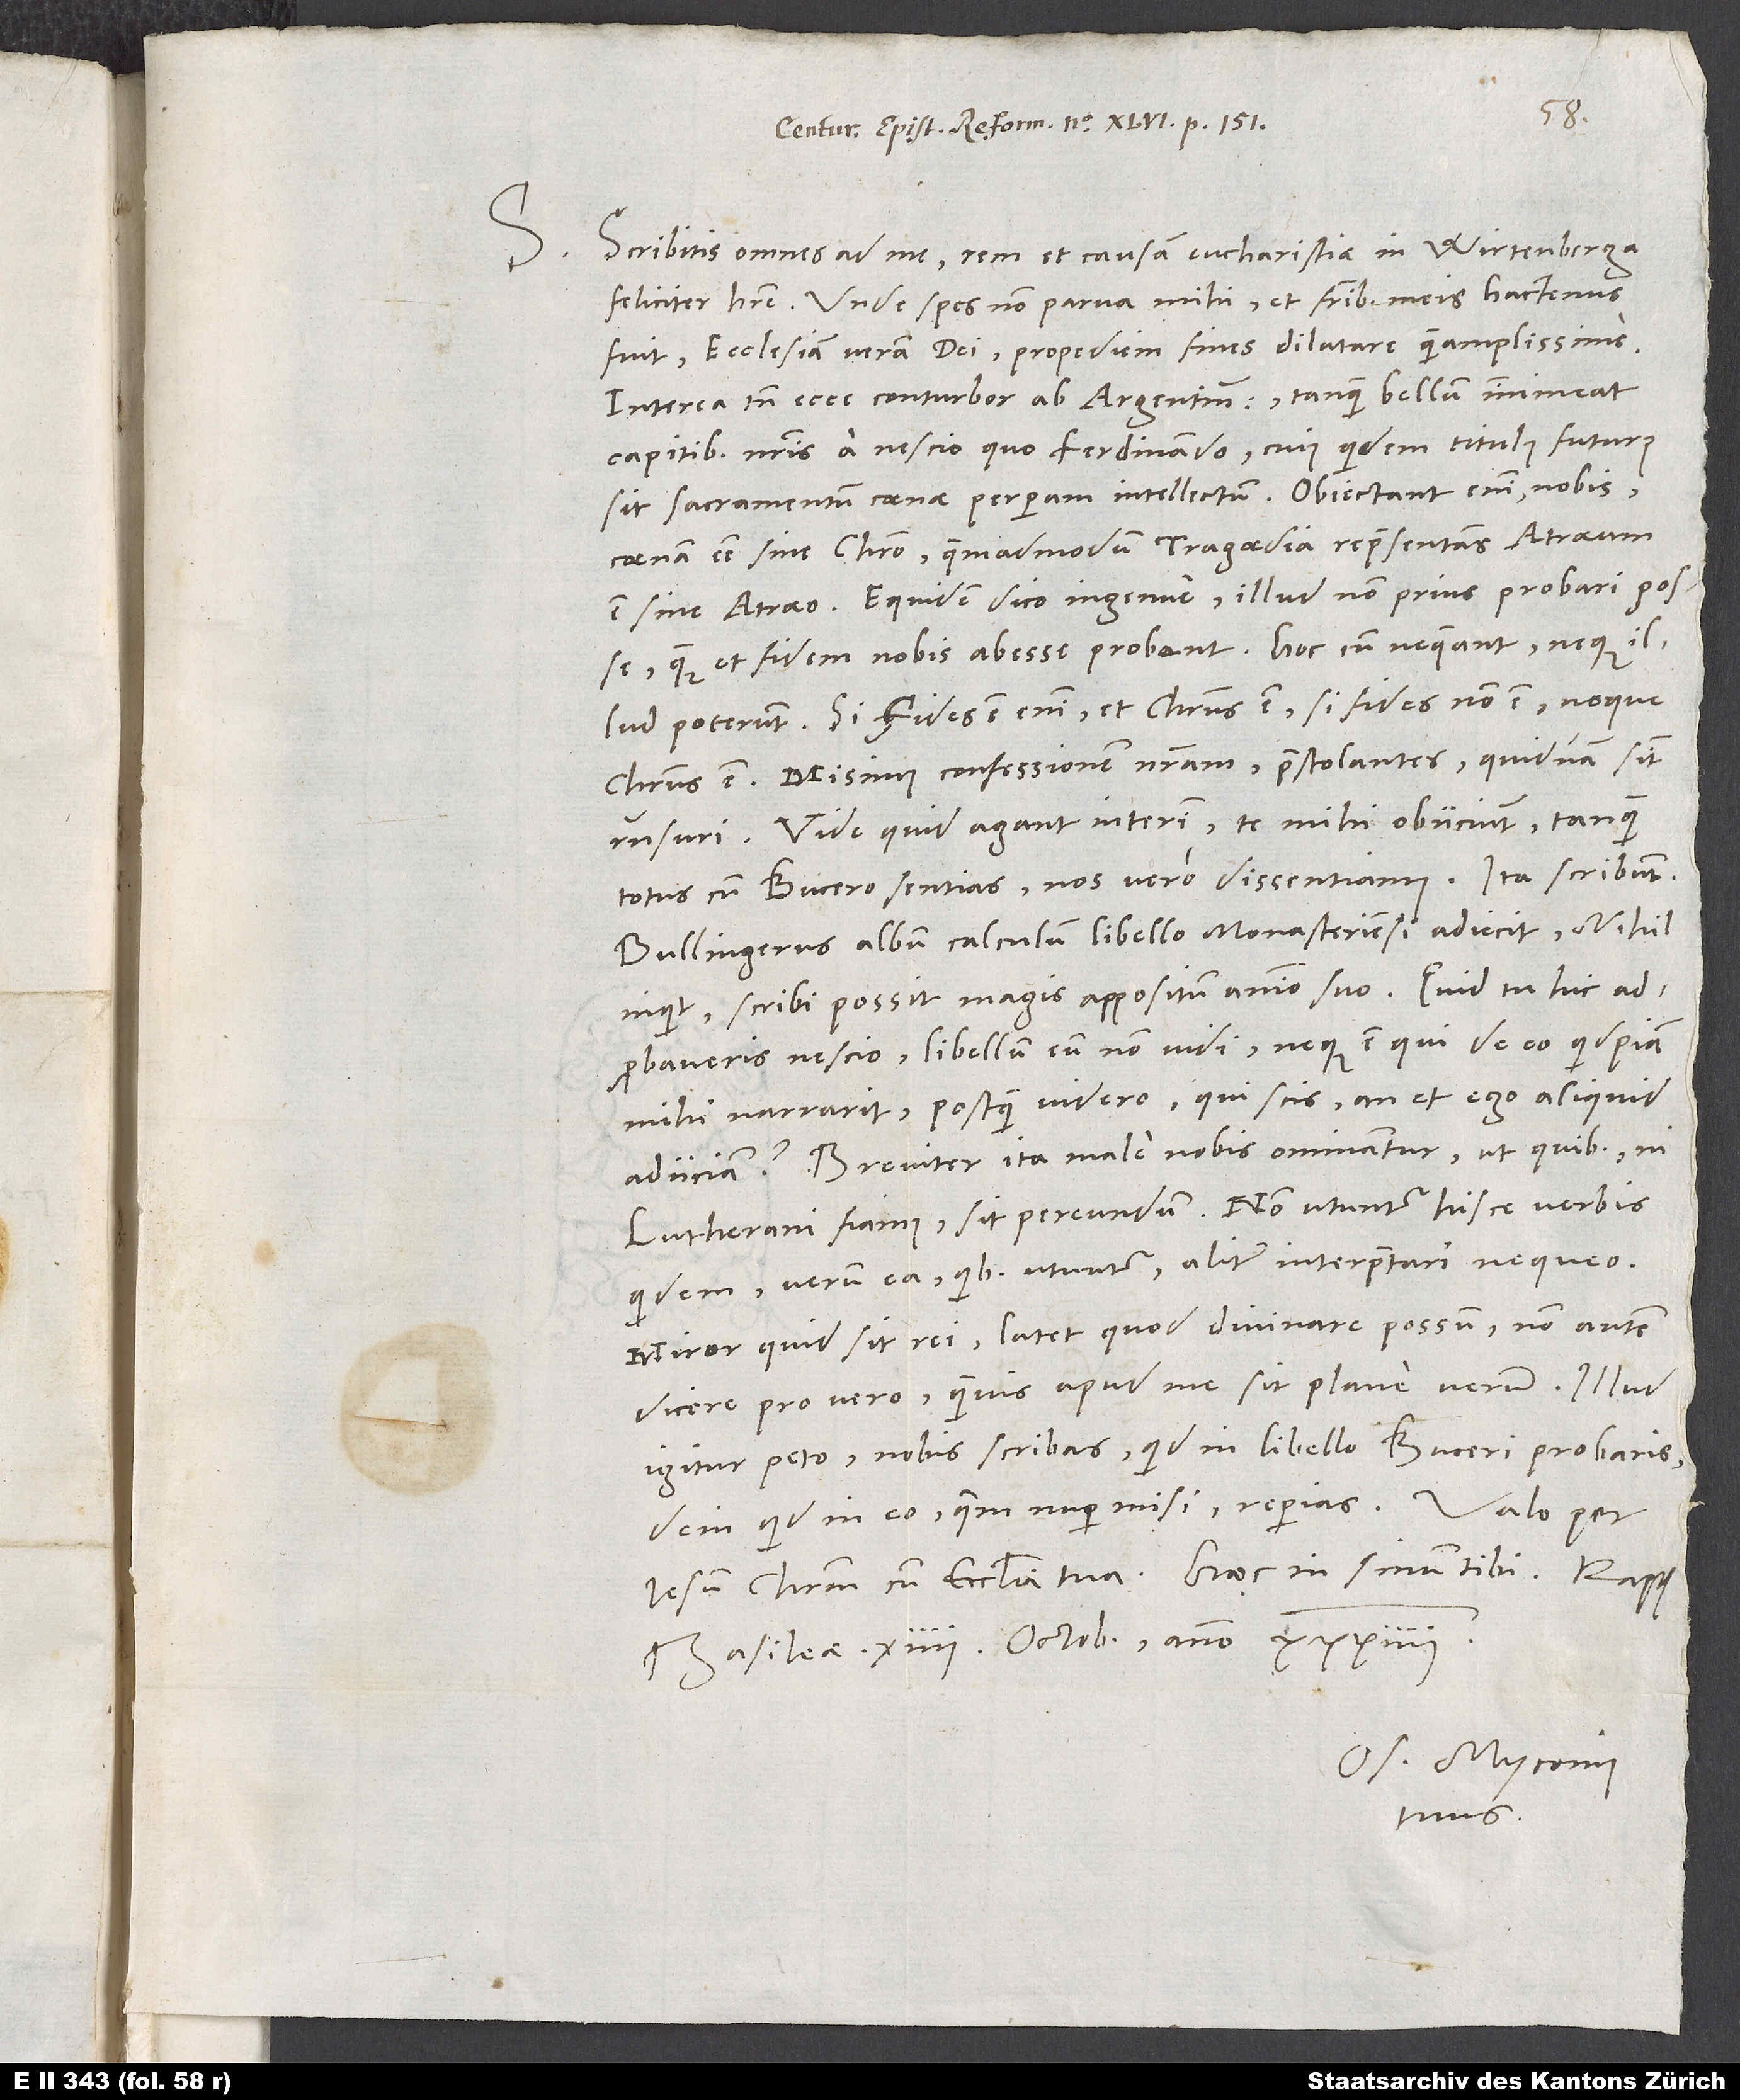
S. Scribitis omnes ad me rem et causam eucharistiae in Wirtenberga
feliciter habere. Unde spes non parva mihi et fratribus meis hactenus
fuit ecclesiam veram dei propediem fines dilatare quam amplissime.
Interea tamen ecce conturbor ab Argentinensibus, tanquam bellum immineat
capitibus nostris a nescio quo Ferdinando, cuius quidem titulus futurus
sit sacramentum coenae perperam intellectum. Obiectant enim nobis
coenam esse sine Christo, quemadmodum tragoedia repraesentans Atraeum
est sine Atraeo. Equidem dico ingenue illud non prius probari posse,
quam et fidem nobis abesse probant. Hoc cum nequeant, neque illud
poterunt. Si fides est enim, et Christus est, si fides non est, neque
Christus est. Misimus confessionem nostram praestolantes, quidnam sint
responsuri. Vide, quid agant interim: Te mihi obiiciunt, tanquam
totus cum Bucero sentias, nos vero dissentiamus. Ita scribunt:
«Bullingerus album calculum libello Monasteriensi adiecit. Nihil,
inquit, scribi possit magis appositum animo suo.» Quid tu hic
adprobaveris, nescio. Libellum eum non vidi, neque est, qui de eo quidpiam
mihi narrarit. Postquam videro, qui scis, an et ego aliquid
adiiciam? Breviter, ita male nobis ominantur, ut quibus, ni
Lutherani fiamus, sit pereundum. Non utuntur hisce verbis
quidem, verum ea, quibus utuntur, aliter interpretari nequeo.
Miror, quid sit rei. Latet, quod divinare possum, non autem
dicere pro vero, quamvis apud me sit plane verum. Illud
igitur peto, nobis scribas, quid in libello Buceri probaris,
dein, quid in eo, quem nuper misi, reperias.
Iesum Christum cum ecclesia tua. Haec in sinum tibi.
Basileae, 14. octobris anno 34.
Os. Myconius
tuus.